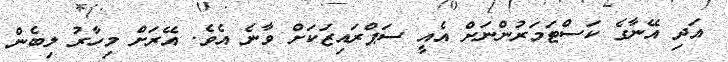
އަދި އޭނާގެ ކަސްޓަމަރުންނަށް އެއީ ސަޕްރައިޒަކަށް ވާނެ އެވެ. އޭރަށް މިހާރު ލިބެން